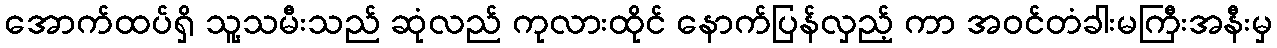
အောက်ထပ်ရှိ သူ့သမီးသည် ဆုံလည် ကုလားထိုင် နောက်ပြန်လှည့် ကာ အဝင်တံခါးမကြီးအနီးမှ